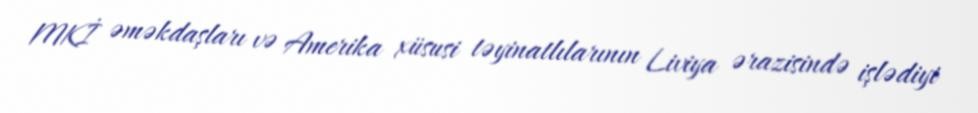
MKİ əməkdaşları və Amerika xüsusi təyinatlılarının Liviya ərazisində işlədiyi